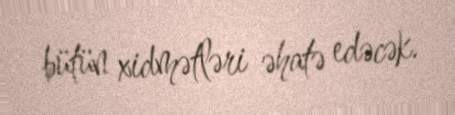
bütün xidmətləri əhatə edəcək.